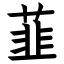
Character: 韮